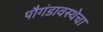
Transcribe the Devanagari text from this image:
पौगंडावस्थेचा